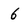
Character: 6